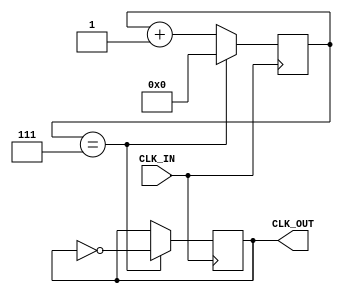
module dev16(
input CLK_IN,
output CLK_OUT


);

reg [0:5] cnt =6'b0; 
reg mean=1'b0;

parameter CLK_5=7;

always @(posedge CLK_IN)
begin
	cnt<=cnt+1'b1;
	if (cnt==CLK_5)
	begin
		mean<=!mean;
		cnt<=6'b0;
	end	
end	

assign CLK_OUT=mean;


endmodule